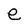
Character: e